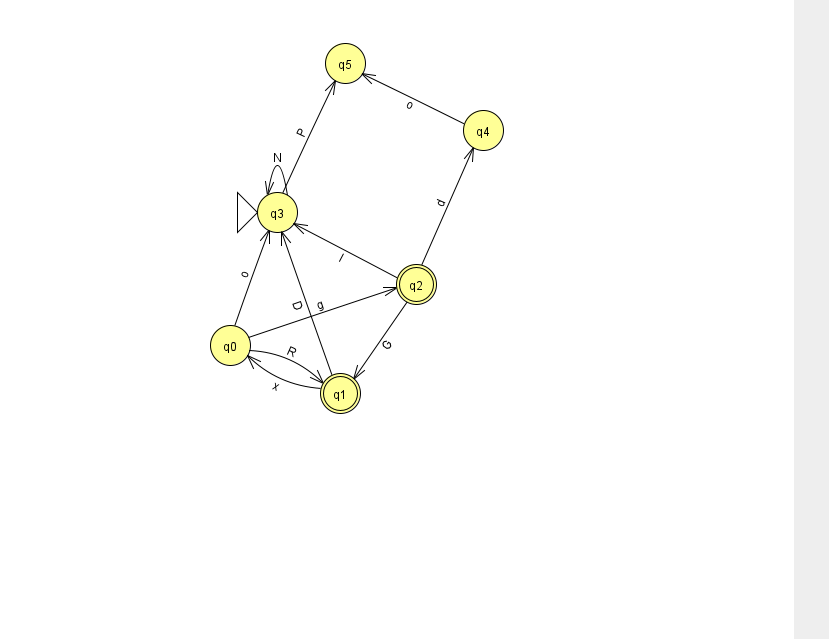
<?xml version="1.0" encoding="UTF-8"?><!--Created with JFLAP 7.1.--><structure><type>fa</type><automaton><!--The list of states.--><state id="0" name="q0"><x>230.0</x><y>332.0</y></state><state id="1" name="q1"><x>340.0</x><y>380.0</y><final/></state><state id="2" name="q2"><x>416.0</x><y>271.0</y><final/></state><state id="3" name="q3"><x>277.0</x><y>199.0</y><initial/></state><state id="4" name="q4"><x>483.0</x><y>117.0</y></state><state id="5" name="q5"><x>345.0</x><y>50.0</y></state><!--The list of transitions.--><transition><from>0</from><to>3</to><read>o</read></transition><transition><from>3</from><to>5</to><read>P</read></transition><transition><from>2</from><to>3</to><read>I</read></transition><transition><from>0</from><to>2</to><read>g</read></transition><transition><from>4</from><to>5</to><read>o</read></transition><transition><from>1</from><to>0</to><read>x</read></transition><transition><from>2</from><to>4</to><read>d</read></transition><transition><from>1</from><to>3</to><read>D</read></transition><transition><from>2</from><to>1</to><read>G</read></transition><transition><from>3</from><to>3</to><read>N</read></transition><transition><from>0</from><to>1</to><read>R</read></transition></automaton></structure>